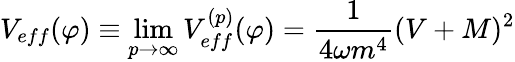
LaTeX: V_{eff}(\varphi)\equiv\operatorname*{lim}_{p\to\infty}V_{eff}^{(p)}(\varphi)=\frac{1}{4\omega m^{4}}(V+M)^{2}